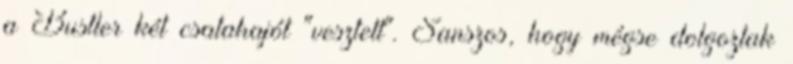
a Bustler két csatahajót "vesztett". Sanszos, hogy mégse dolgoztak